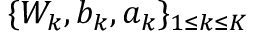
\{ W _ { k } , b _ { k } , a _ { k } \} _ { 1 \leq k \leq K }